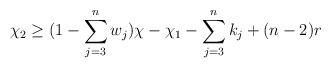
LaTeX: \begin{align*}\chi_2 \geq (1 -\sum\limits_{j = 3}^n w_j)\chi - \chi_1 - \sum\limits_{j =3}^n k_j +(n-2)r\end{align*}